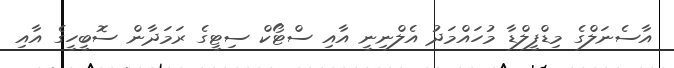
އާސެނަލްގެ މިޑްފީލްޑާ މުހައްމަދު އެލްނިނީ އާއި ސްޓޯކް ސިޓީގެ ރަމަދާން ސޮބީހީގެ އާއި